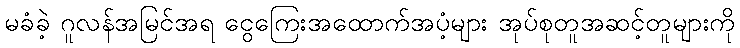
မခံခဲ့ ဂူလန်အမြင်အရ ငွေကြေးအထောက်အပံ့များ အုပ်စုတူအဆင့်တူများကို